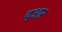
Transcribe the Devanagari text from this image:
यूआर